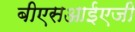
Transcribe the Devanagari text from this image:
बीएसआईएजी